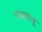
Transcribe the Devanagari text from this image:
एआययू